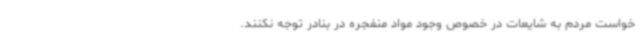
خواست مردم به شایعات در خصوص وجود مواد منفجره در بنادر توجه نکنند.